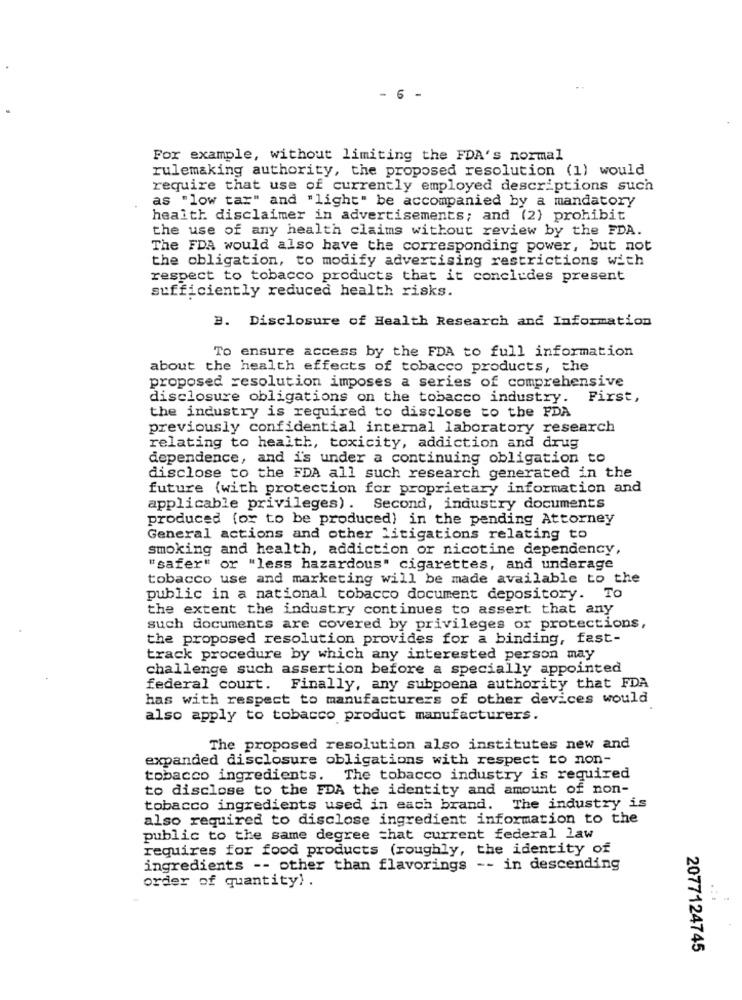
- 6 -
For example, without limiting the FDA's normal
rulemaking authority, the proposed resolution (1) would
require that use of currently employed descriptions such
as "low tar" and "light" be accompanied by a mandatory
health disclaimer in advertisements; and (2) prohibit
the use of any health claims without review by the FDA.
The FDA would also have the corresponding power, but not
the obligation, to modify advertising restrictions with
respect to tobacco products that it concludes present
sufficiently reduced health risks.
B. Disclosure of Health Research and Information
To ensure access by the FDA to full information
about the health effects of tobacco products, the
proposed resolution imposes a series of comprehensive
disclosure obligations on the tobacco industry. First,
the industry is required to disclose to the FDA
previously confidential internal laboratory research
relating to health, toxicity, addiction and drug
dependence, and i's under a continuing obligation to
disclose to the FDA all such research generated in the
future (with protection for proprietary information and
applicable privileges). Second, industry documents
produced (or to be produced) in the pending Attorney
General actions and other litigations relating to
smoking and health, addiction or nicotine dependency,
"safer" or "less hazardous" cigarettes, and underage
tobacco use and marketing will be made available to the
public in a national tobacco document depository. To
the extent the industry continues to assert that any
such documents are covered by privileges or protections,
the proposed resolution provides for a binding, fast-
track procedure by which any interested person may
challenge such assertion before a specially appointed
federal court. Finally, any subpoena authority that FDA
has with respect to manufacturers of other devices would
also apply to tobacco product manufacturers.
The proposed resolution also institutes new and
expanded disclosure obligations with respect to non-
tobacco ingredients. The tobacco industry is required
to disclose to the FDA the identity and amount of non-
tobacco ingredients used in each brand. The industry is
also required to disclose ingredient information to the
public to the same degree =hat current federal law
requires for food products (roughly, the identity of
ingredients -- other than flavorings -- in descending
order of quantity) .
2077124745